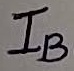
Text: IB